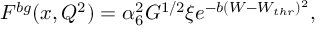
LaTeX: F ^ { b g } ( x , Q ^ { 2 } ) = \alpha _ { 6 } ^ { 2 } G ^ { 1 / 2 } \xi e ^ { - b ( W - W _ { t h r } ) ^ { 2 } } ,